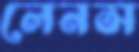
লেনস